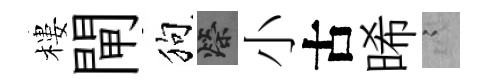
樓閘狗榮小古晞謭